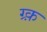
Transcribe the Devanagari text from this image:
ग्र्क़